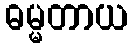
ဓမ္မတာယ